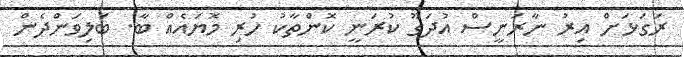
ރަގަޅަށް އިރު ނާރަނީސް އުދަގޫ ކުރަނީ ކޮންތާކު ހުރި މޮޔައެއް ބާ. ބަލިވަންދެން